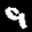
Label: 9